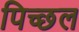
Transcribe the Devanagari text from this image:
पिच्छल